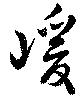
嵈